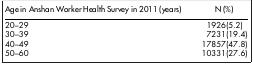
| Age in Anshan Worker Health Survey in 2011 (years) | N (%) |
 | --- | --- |
 | 20–29 | 1926(5.2) |
 | 30–39 | 7231(19.4) |
 | 40–49 | 17857(47.8) |
 | 50–60 | 10331(27.6) |